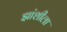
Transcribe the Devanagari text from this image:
झांशीला